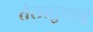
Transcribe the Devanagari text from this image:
तेलातुपाचे